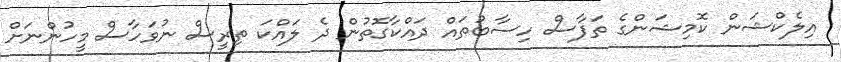
އިލެކްޝަން ކޮމިޝަންގެ ތަފާސް ހިސާބުތައް ދައްކާގޮތުން ދެ ލައްކަ ތިރީސް ނުވަހާސް މީހުންނަށް